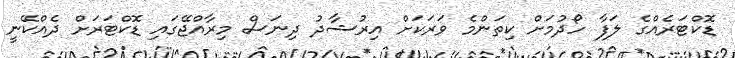
ޑޮކްޓަރެއްގެ ލަފާ ހޯދުމަށް ކިތަންމެ ވަރަކަށް އިރުޝާދު ދިނަސް މިރާއްޖޭގައި ޑޮކްޓަރަށް ދެއްކޭނީ